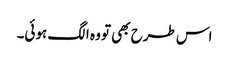
اس طرح بھی تو وہ الگ ہوئی۔